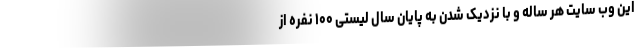
این وب سایت هر ساله و با نزدیک شدن به پایان سال لیستی ۱۰۰ نفره از